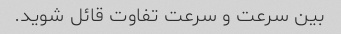
بین سرعت و سرعت تفاوت قائل شوید.